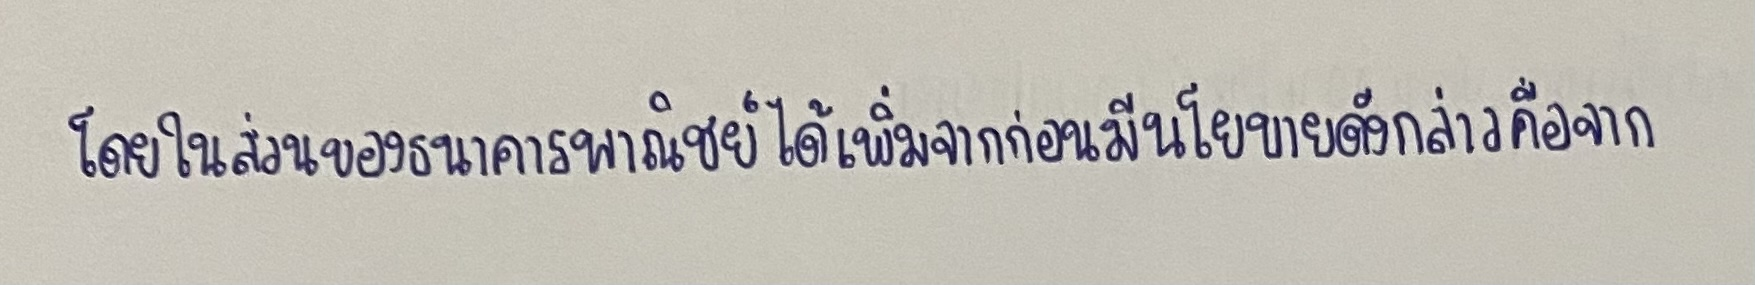
โดยในส่วนของธนาคารพาณิชย์ได้เพิ่มจากก่อนมีนโยบายดังกล่าวคือจาก